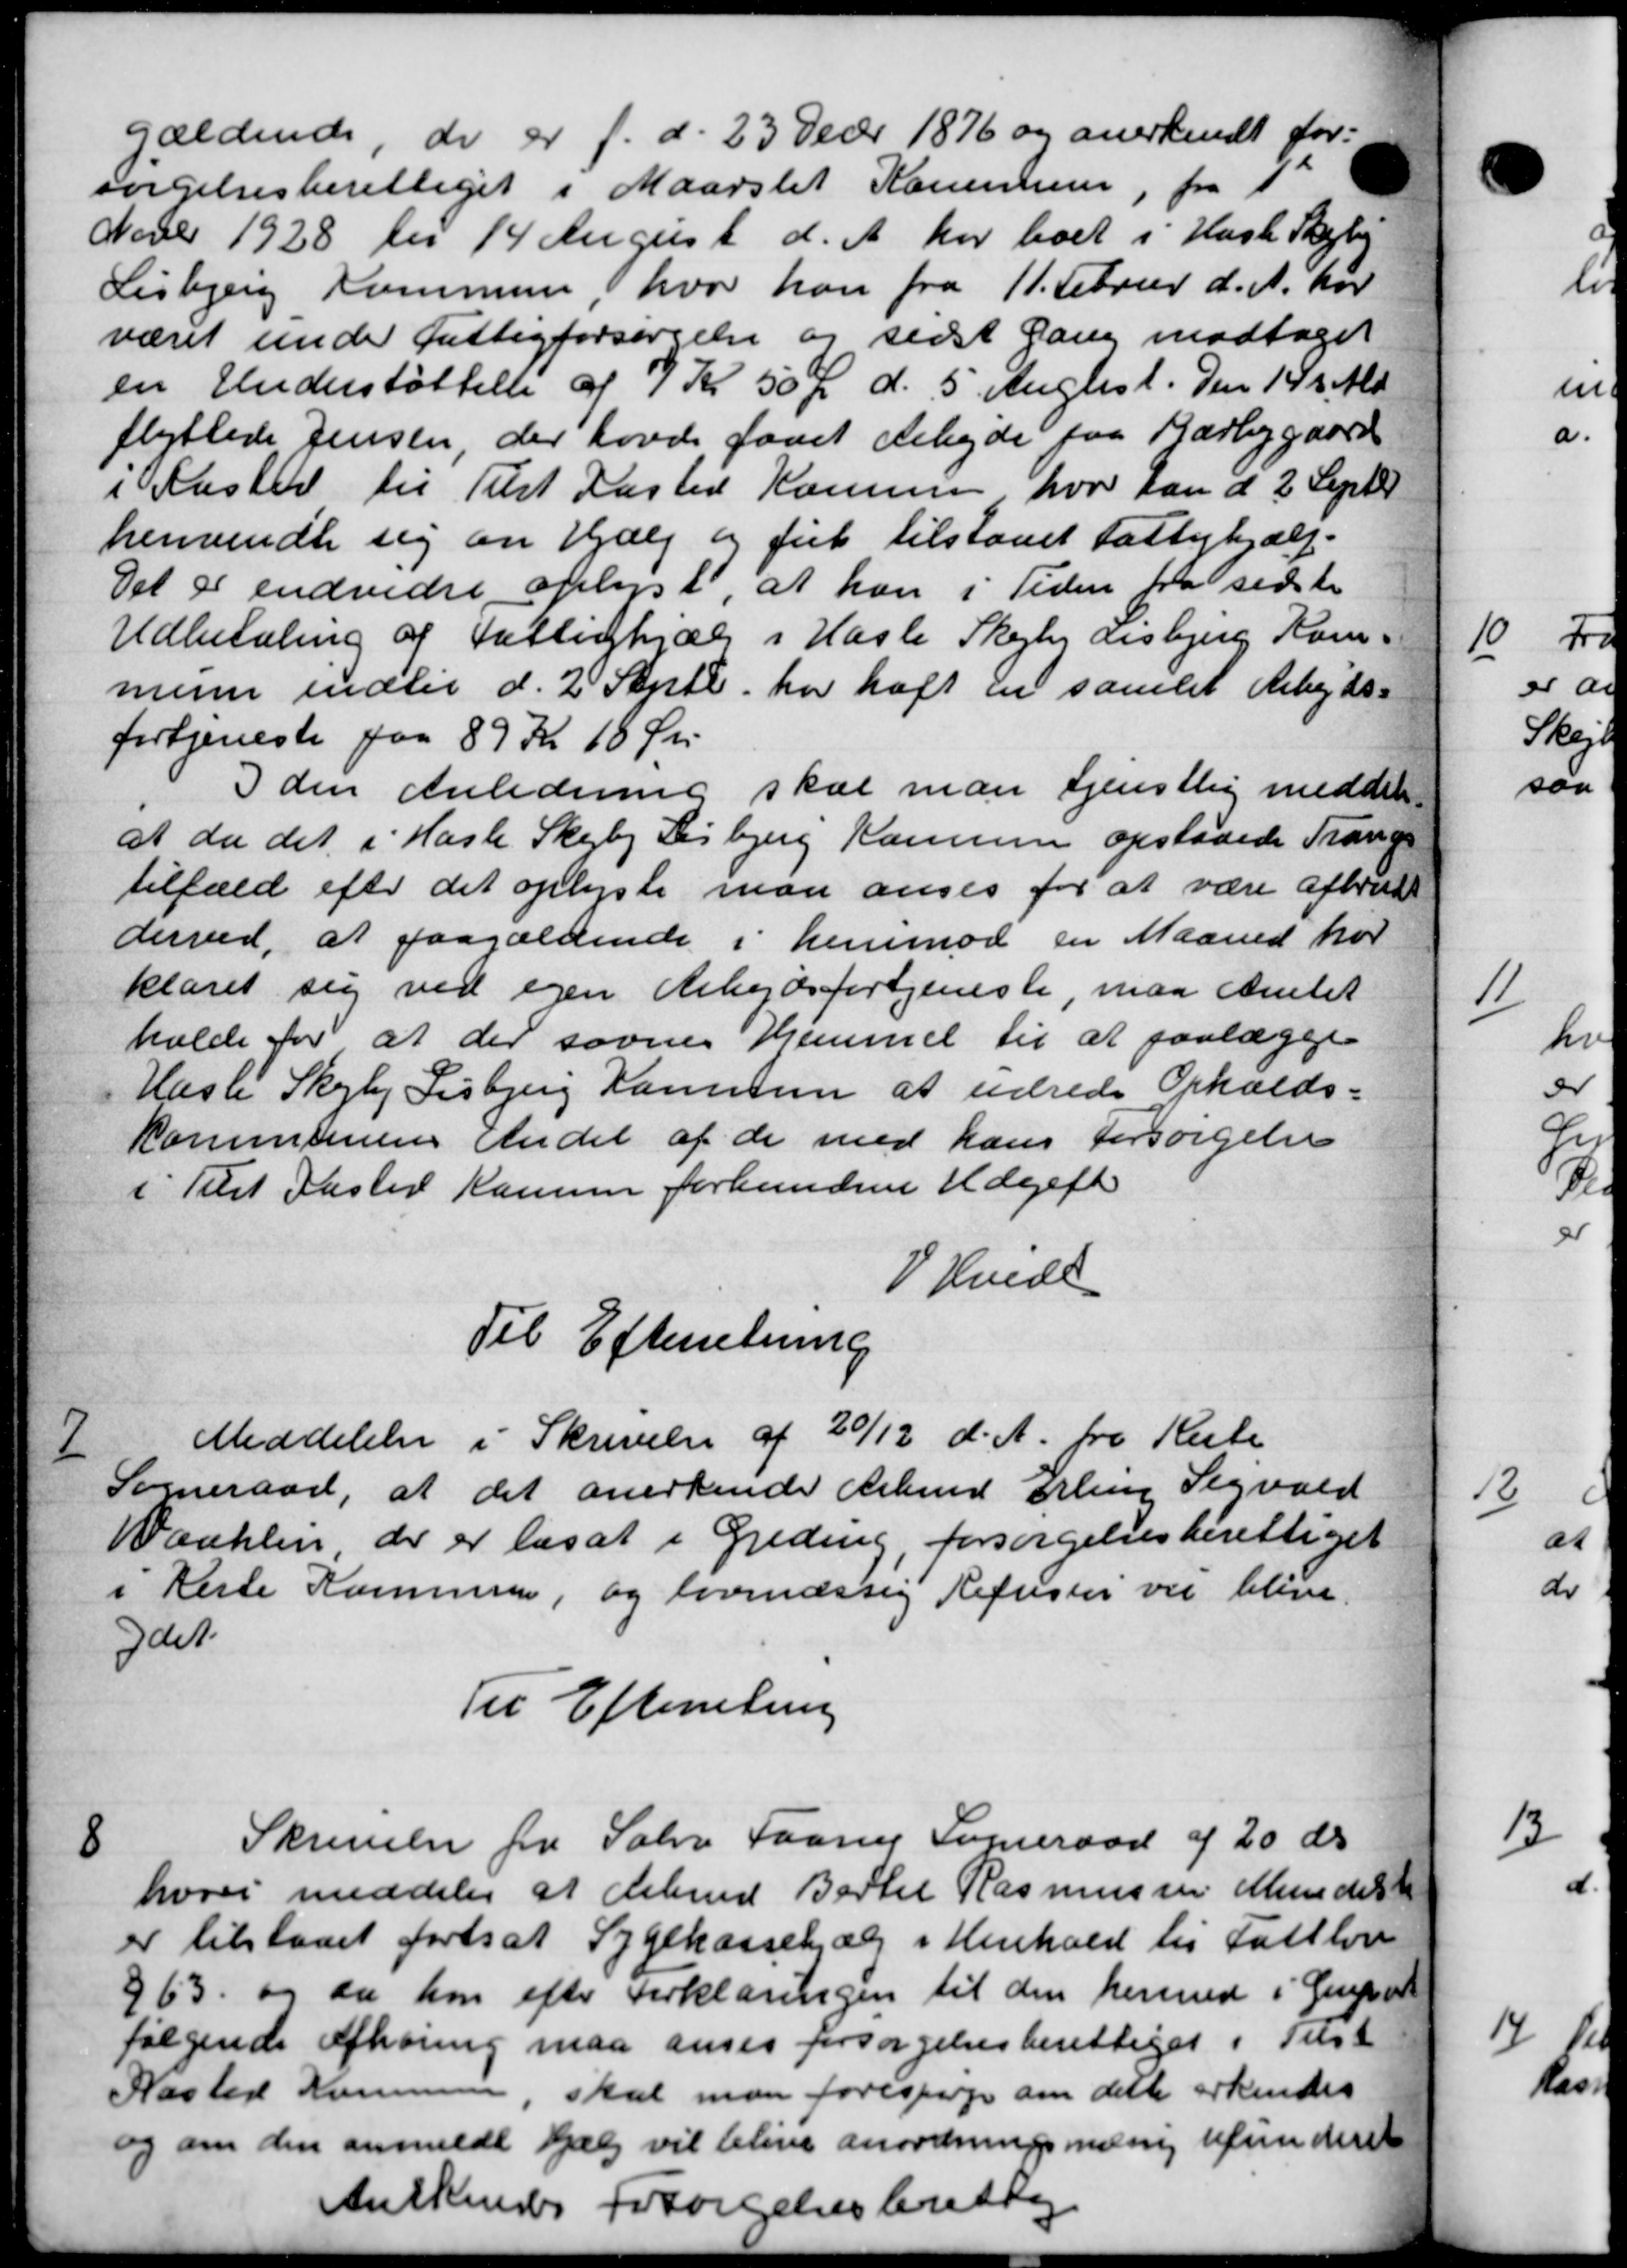
Transskription:
gældende, de er f. d. 23 Decbr 1876 og anerkendt for-
sørgelsesberettiget i Maarslet Kommunen, fra 1
Novbr 1928 til 14 August d. A. har boet i Hasle Skejby
Lisbjerg Kommune, hvor han fra 11. Februar d. A. har
været under fattigforsørgelse og sidst Gang modtaget
en Understøttelse af 7 Kr 50 Ør d. 5. Auglist. Den 145 Ald
flyttede Jensen, der havde faaet Arbejde paa Karbygaard
i Aasted til Tilst Kasted Kommune hvor han d 2 Septer
henvendte sig en Hjælp og ful tilstaaet Fattighjælp.
Det er endvidre oplyst, at han i Tiden fra sidste
Udbetaling af Fattighjælp i Hasle Skejby Lisbjerg Kom-
mune indtil d. 2' Septb. har haft en samlet Arbejds-
fortjeneste paa 89 Kr 18 Øre
I den Anledning skal man tjenstlig meddele
at da det i Hasle Skejby Lisbjerg Kommune opstaaede Trangs
tilfæld efter det oplyste man anses for at være afbrud
derved, at paagældende i henimod en Maaned hor
klaret sig ved egen Arbejdsfortjeneste maa Amtet
holde for at der savnes Hjemmet til at paalægge
Hasle Skejby Lisbjerg Kommune at udrede Opholds-
Kommunens Andel af de med hans Forsørgelse
i Tilst Fasted Kammen forbunden Udgift
V. Hvede
Til Efterretning

Meddelelse i Skrivelse af 20/12 d. A. fra Rute
Sogneraad, at det anerkende Arbmd. Erling Sigvald
Waahlen, der er les at i Greding, forsørgelsesberettiget
i Reste Kommune, og lovmæssig Refuster vil blive
ydet.
Til Efterretning

Skrivelse fra Sabro Faarup Sogneraad af 20 ds
hvori meddeler at Arbmd Bertel Rasmussen Mundels
er tilstaaet fortsat Sygekassehjælp i Henhold til Fattlov
§ 63 og da han efter Forklaringen til den hermed i Guprod
følgende Afhøring maa anses forsørgelsesberettiget i Tilst
Kasted Komunen, skal man forespørge om dette erkendes
og om den anmeldt Hjælp vil blive anordningsmæssig refunderst
Anlkendes Forsørgelsesberettig